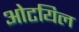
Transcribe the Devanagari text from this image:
ओटयिल